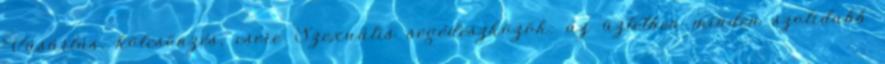
Vásárlás, kölcsönzés, csere Szexuális segédeszközök: az üzletben minden szolidabb